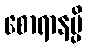
စောရာနမ္ပိ